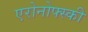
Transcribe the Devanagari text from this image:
एरोनोफ्स्की